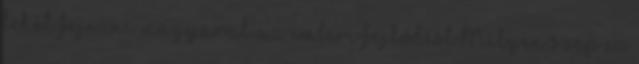
lehet fejezni magyarul az emberi fejlődést Milyen szép ez